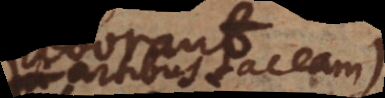
artibus taceam)